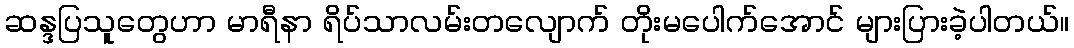
ဆန္ဒပြသူတွေဟာ မာရီနာ ရိပ်သာလမ်းတလျောက် တိုးမပေါက်အောင် များပြားခဲ့ပါတယ်။